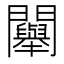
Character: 𨷯